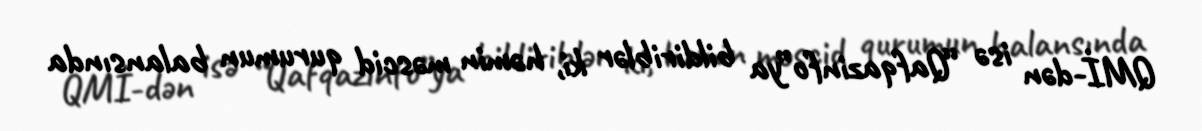
QMİ-dən isə “Qafqazinfo”ya bildiriblər ki, həmin məscid qurumun balansında